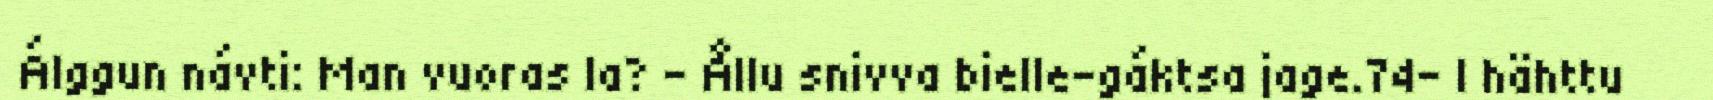
Álggun návti: Man vuoras la? – Ållu snivva bielle-gáktsa jage.74– I hähttu